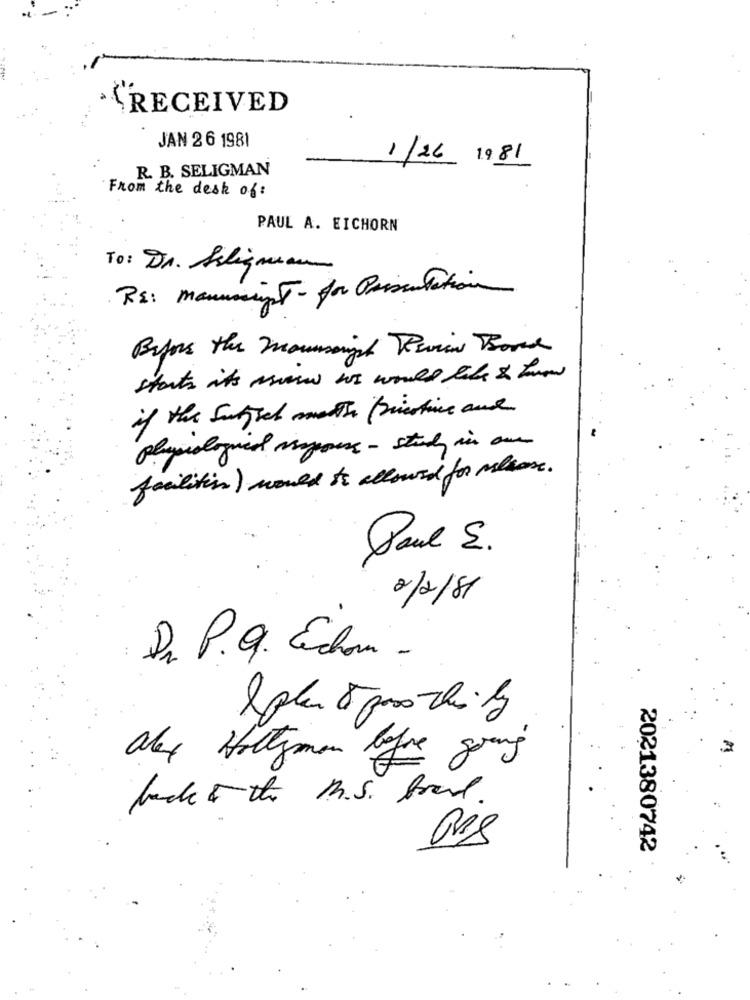
RECEIVED
JAN 2 6 1981
1/26 1981
R. B. SELIGMAN
From the desk of :
PAUL A. EICHORN
To: Dr. Seligman
RS : mannmight - for Prisculation
Before the mounmight Review Bond
starts its now we would like to know
if the Subject month (ristine and
physiological mappers - study in our
facilitin ) would to allowed for melasse.
Paul S.
2/2/81
Dr. P.g. Echan
plus 8 paso chily
alex Hollymon before going
back to the M.S. food .
2021380742